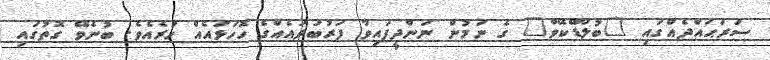
ސަރަޙައްދެއްގައި "ބުލޫޑްކޭވް" ގެ ނަމުން ނަންދީފައިވާ ފަރުބަދައެއްގެ ހޮހަޅައެއް ހުރެއެވެ. ބުނެވޭ ގޮތުގައި